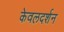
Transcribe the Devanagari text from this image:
केवलदर्शन